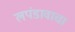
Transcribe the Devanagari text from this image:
लपंडावाचा